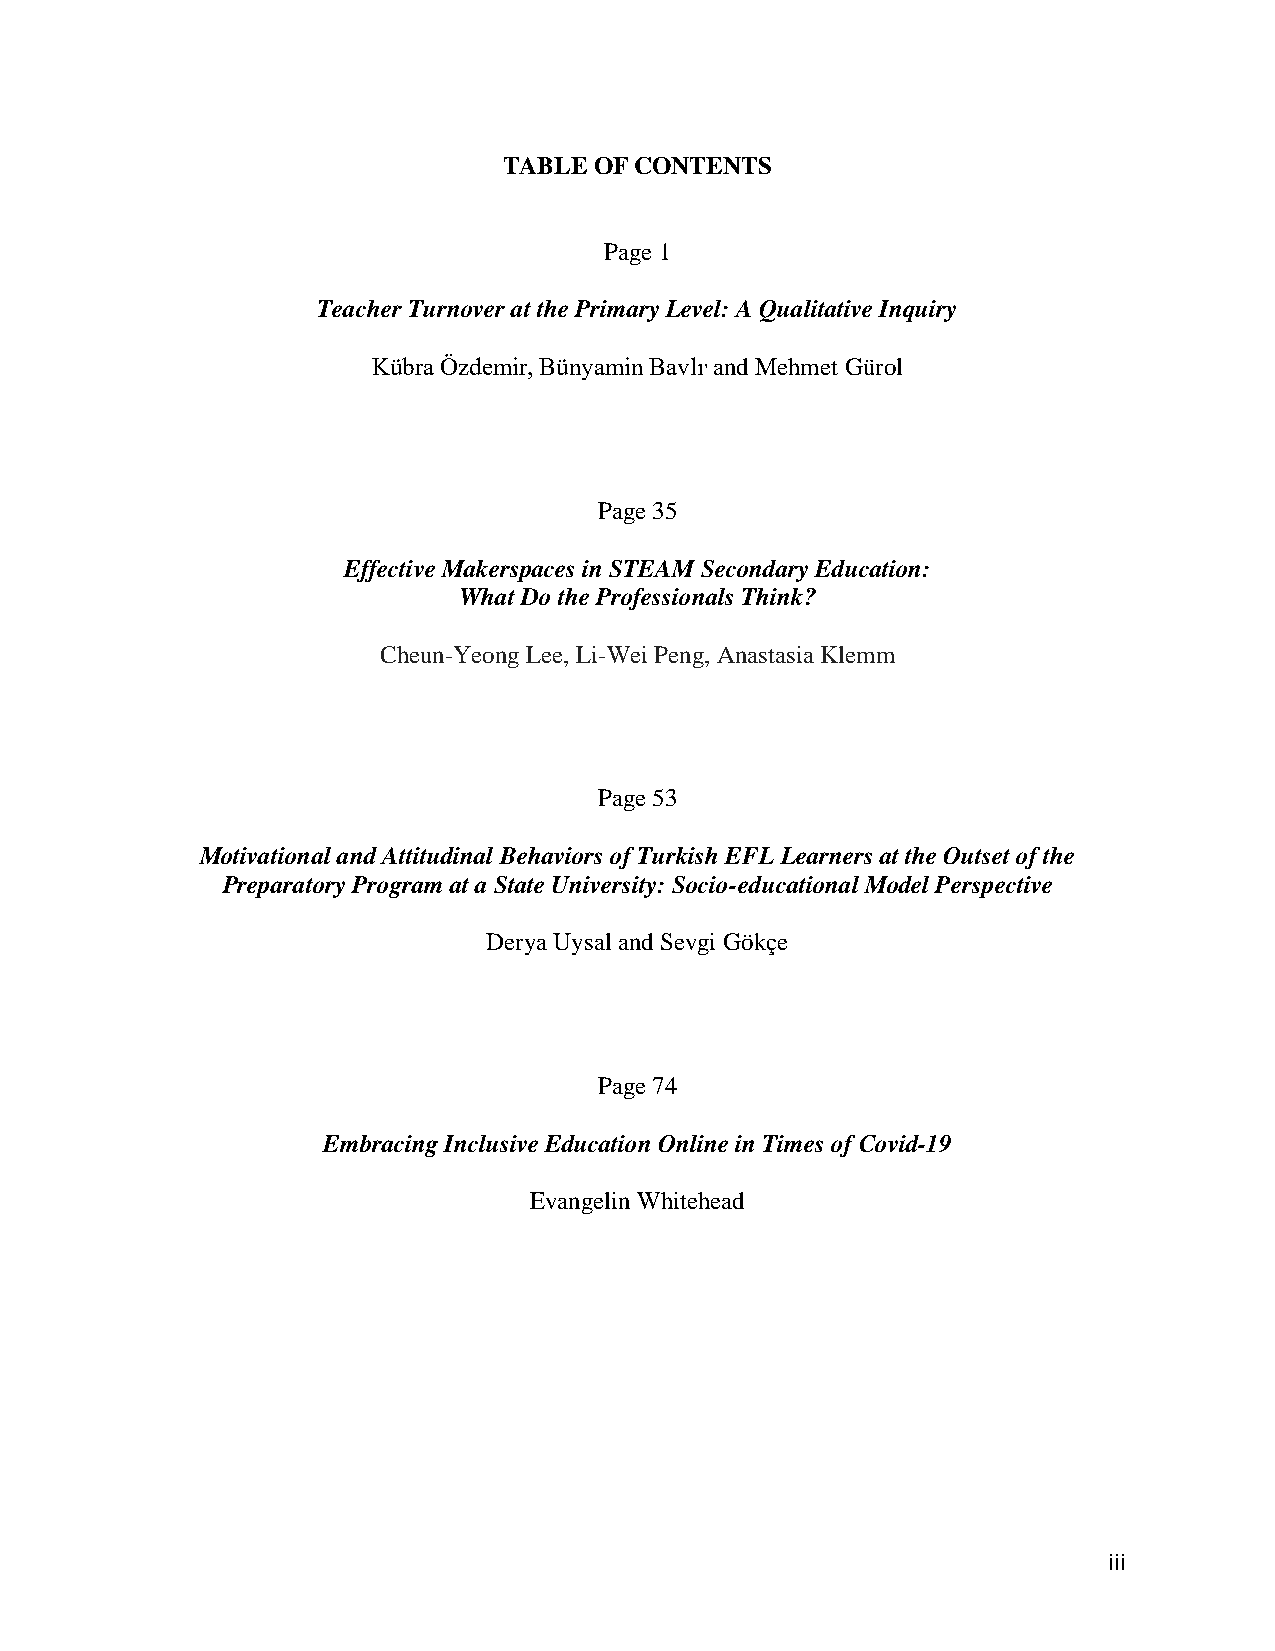
TABLE OF CONTENTS
 Page 1
 Teacher Turnover at the Primary Level: A Qualitative Inquiry
 Kübra Özdemir, Bünyamin Bavlı, and Mehmet Gürol
 Page 35
 Effective Makerspaces in STEAM Secondary Education:
 What Do the Professionals Think?
 Cheun-Yeong Lee, Li-Wei Peng, Anastasia Klemm
 Page 53
 Motivational and Attitudinal Behaviors of Turkish EFL Learners at the Outset of the
 Preparatory Program at a State University: Socio-educational Model Perspective
 Derya Uysal and Sevgi Gökçe
 Page 74
 Embracing Inclusive Education Online in Times of Covid-19
 Evangelin Whitehead
 iii